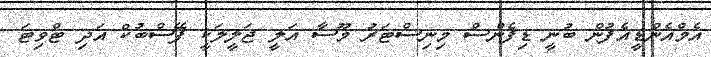
އެމްއެންޑީއެފުން ބުނީ ޑިފެންސް މިނިސްޓަރު މޫސާ އަލީ ޖަލީލަކީ ފޭސްބުކް އަދި ޓްވިޓަ